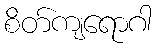
စိတ်ကျရောဂါ